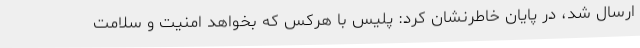
ارسال شد، در پایان خاطرنشان کرد: پلیس با هرکس که بخواهد امنیت و سلامت